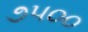
૭૫૦૦